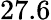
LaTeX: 27.6